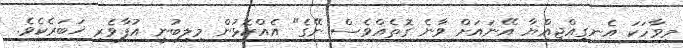
މިވާހަކަ އެނގިއްޖިއްޔާ އޭނައަށް ވާނެ ގޮތެއްވެސް ނޭގެ" އެއްކޮޅުން މިލިބުނީ އުފާވެރި ޚަބަރެކެވެ.